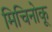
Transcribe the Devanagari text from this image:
मिचिनोकू